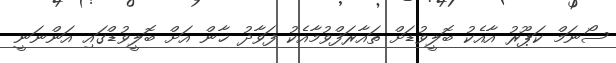
ސޯނަމް ކަޕޫރު އާއެކު ބޮލީވުޑަށް ތައާރަފްވުމާއެކު ފަވާދު ޚާން އަށް ބޮލީވުޑްގައި އަންނަނީ